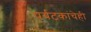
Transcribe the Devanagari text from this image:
पर्यटकांचेही